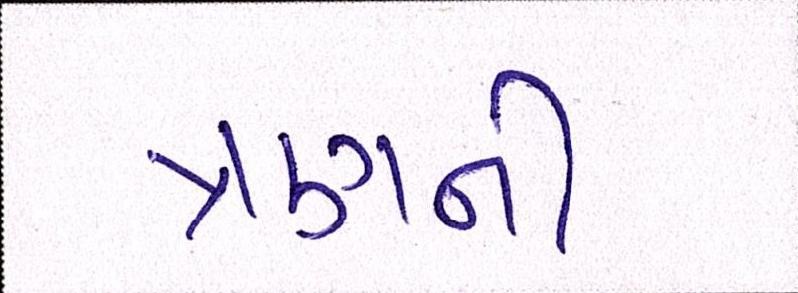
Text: ત્રણની